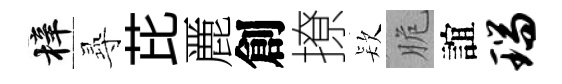
梓𡬶芘䴡創撩𣣇脆誼瑞